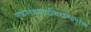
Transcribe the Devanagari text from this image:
मूळस्तंबसाळीमहात्म्यपुराण